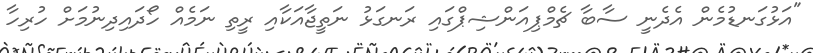
"އަޅުގަނޑުމެން އެދެނީ ސާބާ ޗެމްޕިއަންޝިޕްގައި ރަނގަޅު ނަތީޖާއަކާއި ރީތި ނަމެއް ހޯދައިދިނުމަށް ހުރިހާ